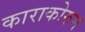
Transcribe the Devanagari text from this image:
काराकोरुम